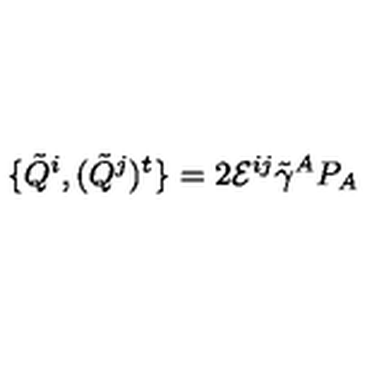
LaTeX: \{ \tilde { Q } ^ { i } , ( \tilde { Q } ^ { j } ) ^ { t } \} = 2 { \cal E } ^ { i j } \tilde { \gamma } ^ { A } P _ { A }